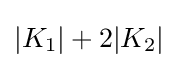
|K_{1}|+2|K_{2}|